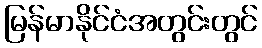
မြန်မာနိုင်ငံအတွင်းတွင်